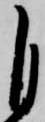
自